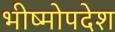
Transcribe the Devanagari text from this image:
भीष्मोपदेश